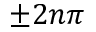
\pm 2 n \pi